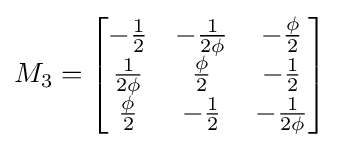
M_{3}={\begin{bmatrix}-{\frac {1}{2}}&-{\frac {1}{2\phi }}&-{\frac {\phi }{2}}\\{\frac {1}{2\phi }}&{\frac {\phi }{2}}&-{\frac {1}{2}}\\{\frac {\phi }{2}}&-{\frac {1}{2}}&-{\frac {1}{2\phi }}\end{bmatrix}}